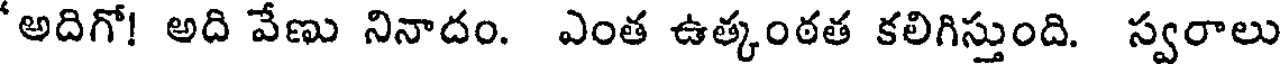
'అదిగో! అది వేణు నినాదం. ఎంత ఉత్కంఠత కలిగిస్తుంది. స్వరాలు